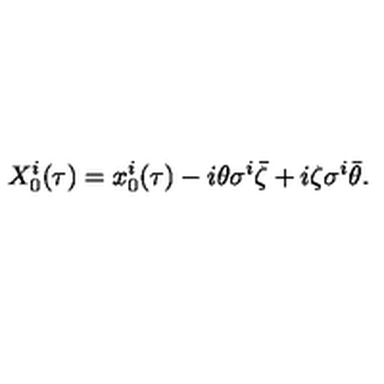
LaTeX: X _ { 0 } ^ { i } ( \tau ) = x _ { 0 } ^ { i } ( \tau ) - i \theta \sigma ^ { i } \bar { \zeta } + i \zeta \sigma ^ { i } \bar { \theta } .